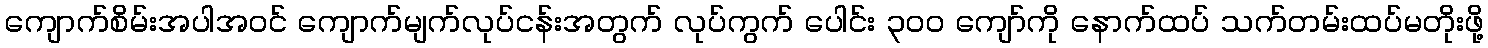
ကျောက်စိမ်းအပါအဝင် ကျောက်မျက်လုပ်ငန်းအတွက် လုပ်ကွက် ပေါင်း ၃၀၀ ကျော်ကို နောက်ထပ် သက်တမ်းထပ်မတိုးဖို့